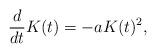
LaTeX: \begin{align*}\frac{d}{dt}K(t) = -a K(t)^2,\end{align*}